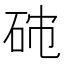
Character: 𥑯